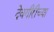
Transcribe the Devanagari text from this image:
देवगीरीच्या